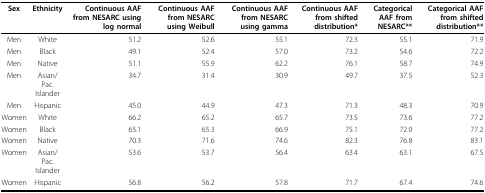
<table><thead><tr><td><b>Sex</b></td><td><b>Ethnicity</b></td><td><b>Continuous AAF from NESARC using log normal</b></td><td><b>Continuous AAF from NESARC using Weibull</b></td><td><b>Continuous AAF from NESARC using gamma</b></td><td><b>Continuous AAF from shifted distribution*</b></td><td><b>Categorical AAF from NESARC**</b></td><td><b>Categorical AAF from shifted distribution**</b></td></tr></thead><tbody><tr><td>Men</td><td>White</td><td>51.2</td><td>52.6</td><td>55.1</td><td>72.3</td><td>55.1</td><td>71.9</td></tr><tr><td>Men</td><td>Black</td><td>49.1</td><td>52.4</td><td>57.0</td><td>73.2</td><td>54.6</td><td>72.2</td></tr><tr><td>Men</td><td>Native</td><td>51.1</td><td>55.9</td><td>62.2</td><td>76.1</td><td>58.7</td><td>74.9</td></tr><tr><td>Men</td><td>Asian/Pac. Islander</td><td>34.7</td><td>31.4</td><td>30.9</td><td>49.7</td><td>37.5</td><td>52.3</td></tr><tr><td>Men</td><td>Hispanic</td><td>45.0</td><td>44.9</td><td>47.3</td><td>71.3</td><td>48.3</td><td>70.9</td></tr><tr><td>Women</td><td>White</td><td>66.2</td><td>65.2</td><td>65.7</td><td>73.5</td><td>73.6</td><td>77.2</td></tr><tr><td>Women</td><td>Black</td><td>65.1</td><td>65.3</td><td>66.9</td><td>75.1</td><td>72.0</td><td>77.2</td></tr><tr><td>Women</td><td>Native</td><td>70.3</td><td>71.6</td><td>74.6</td><td>82.3</td><td>76.8</td><td>83.1</td></tr><tr><td>Women</td><td>Asian/Pac. Islander</td><td>53.6</td><td>53.7</td><td>56.4</td><td>63.4</td><td>63.1</td><td>67.5</td></tr><tr><td>Women</td><td>Hispanic</td><td>56.8</td><td>56.2</td><td>57.8</td><td>71.7</td><td>67.4</td><td>74.6</td></tr></tbody></table>